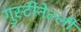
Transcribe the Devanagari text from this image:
गुस्टीनेल्ली